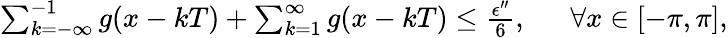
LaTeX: \begin{array}{rl}{\sum_{k=-\infty}^{-1}g(x-kT)+\sum_{k=1}^{\infty}g(x-kT)\le\frac{\epsilon^{\prime\prime}}{6},~}&{{}~\forall x\in[-\pi,\pi],}\end{array}